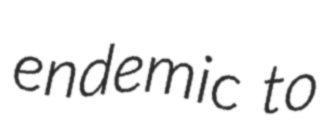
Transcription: endemic to